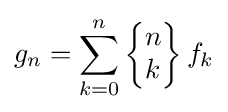
g_{n}=\sum _{k=0}^{n}\left\{{\begin{matrix}n\\k\end{matrix}}\right\}f_{k}